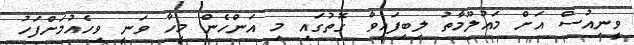
ވީނިއުސް އަށް މައުލޫމާތު ލިބިފައިވާ ގޮތުގައި މި އަންހެން މީހާ ވަނީ ވިހެއުމަށްފަހު